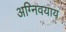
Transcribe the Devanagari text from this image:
अग्निवयाय